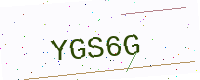
Text: YGS6G